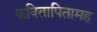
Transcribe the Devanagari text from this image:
कवितापितामह